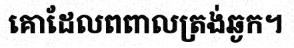
គោដែលពពាលត្រង់ឆ្ងក។